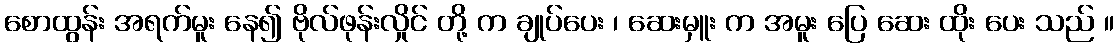
စောထွန်း အရက်မူး နေ၍ ဗိုလ်ဖုန်းလှိုင် တို့ က ချုပ်ပေး ၊ ဆေးမှူး က အမူး ပြေ ဆေး ထိုး ပေး သည် ။